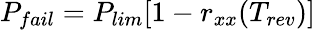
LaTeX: P_{fail}=P_{lim}[1-r_{xx}(T_{rev})]